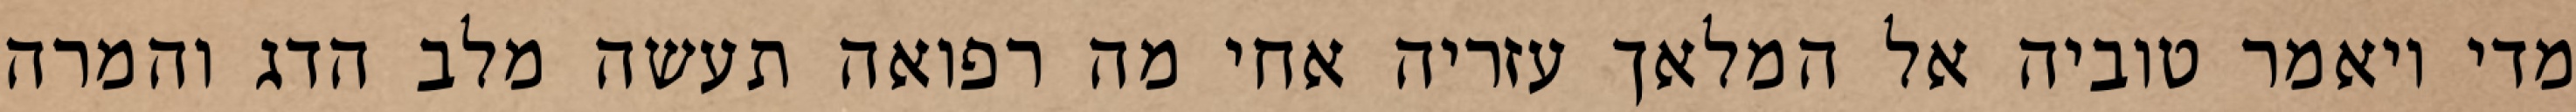
מדי ויאמר טוביה אל המלאך עזריה אחי מה רפואה תעשה מלב הדג והמרה